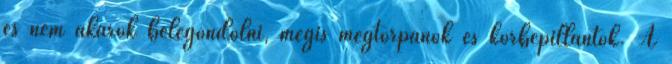
és nem akarok belegondolni, mégis megtorpanok és körbepillantok. A